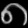
Digit: ၈